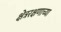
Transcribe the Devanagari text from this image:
क्षेत्ररक्षणाच्या